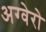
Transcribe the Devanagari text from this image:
अग्वेरो